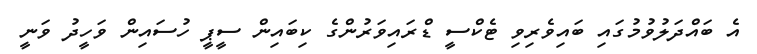
އެ ބައްދަލުވުމުގައި ބައިވެރިވި ޓެކްސީ ޑްރައިވަރުންގެ ކިބައިން ސީޕީ ހުސައިން ވަހީދު ވަނީ